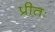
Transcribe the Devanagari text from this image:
प्रीतः